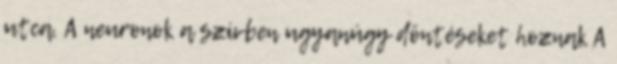
utca. A neuronok a szívben ugyanúgy döntéseket hoznak A